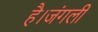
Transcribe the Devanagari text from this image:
है।जंगली